Vaccination Hyderabad 1872-1889 - 1872-1889
Year: 1872
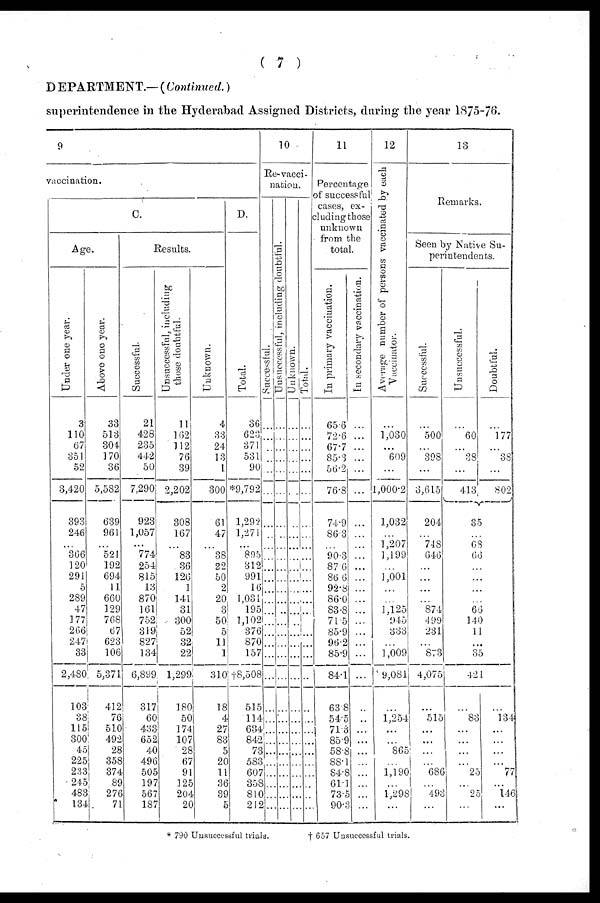
( 7 )
DEPARTMENT.—( Continued.)
superintendence in the Hyderabad Assigned Districts, during the year 1875-76.
9
vaccination.
C.
Age.
Under one year.
3
110
67
351
52
3,420
393
246
...
366
120
291
5
289
47
177
266
247
33
2,480
103
38
115
300
45
225
233
245
483
134
Above one year.
33
513
304
170
36
5,582
639
961
...
521
192
694
11
660
129
768
67
623
106
5,371
412
76
510
492
28
358
374
89
276
71
Results.
Successful.
21
428
235
442
50
7,290
923
1,057
...
774
254
815
13
870
161
752
319
827
134
6,899
317
60
433
652
40
496
505
197
567
187
Unsuccessful, including
those doubtful.
11
162
112
76
39
2,202
308
167
...
83
36
126
1
141
31
300
52
32
22
1,299
180
50
174
107
28
67
91
125
204
20
Unknown.
4
88
24
13
1
300
61
47
...
38
22
50
2
20
31
50
5
11
1
310
18
4
27
83
5
20
11
36
39
0
D.
Total.
36
623
371
531
90
*9,792
1,292
1,271
...
...
312
991
16
1,031
195
1,102
376
870
157
†8,508
515
114
634
842
73
583
607
358
810
212
10
Re-vacci-
nation.
Successful.
...
...
...
...
...
...
...
...
...
...
...
...
...
...
...
...
...
...
...
...
...
...
...
...
...
...
...
...
...
...
Unsuccessful, including doubtful.
...
...
...
...
...
...
...
...
...
...
...
...
...
...
...
...
...
...
...
...
...
...
...
...
...
...
...
...
...
...
Unknown.
...
...
...
...
...
...
...
...
...
...
...
...
...
...
...
...
...
...
...
...
...
...
...
...
...
...
...
...
...
...
Total.
...
...
...
...
...
...
...
...
...
...
...
...
...
...
...
...
...
...
...
...
...
...
...
...
...
...
...
...
...
...
11
Percentage
of successful
cases, ex-
cluding those
unknown
from the
total.
In primary vaccination.
65.6
72.6
67.7
85.3
56.2
76.8
74.9
86.3
...
90.3
87.6
86.6
92.8
86.0
83.8
71.5
85.9
96.2
85.9
84.1
638
54.5
71.3
85.9
58.8
88.1
84.8
61.1
73.5
90.3
In secondary vaccination.
...
...
...
...
...
...
...
...
...
...
...
...
...
...
...
...
...
...
...
...
...
...
...
...
...
...
...
...
...
...
12
Average number of persons vaccinated by each
Vaccinator.
...
1,030
...
609
...
1,000.2
1,032
...
1,207
1,199
...
1,001
...
...
1,125
945
333
...
1,009
9,081
...
1,254
...
...
865
...
1,190
...
1,298
...
13
Remarks.
Seen by Native Su-
perintendents.
Successful.
...
500
...
398
...
3,615
204
...
748
646
...
...
...
...
874
499
231
...
873
4,075
...
515
...
...
...
...
686
...
493
...
Unsuccessful.
...
60
...
38
...
413
Doubtful.
...
177
...
38
...
802
35
...
68
66
...
...
...
...
66
140
11
...
35
421
...
83
...
...
...
...
25
...
25
...
...
134
...
...
...
...
77
...
146
...
* 790 Unsuccessful trials.
† 657 Unsuccessful trials.